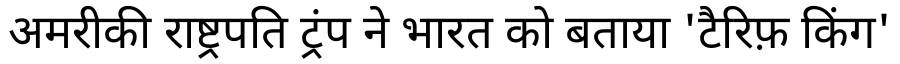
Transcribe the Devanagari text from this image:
अमरीकी राष्ट्रपति ट्रंप ने भारत को बताया 'टैरिफ़ किंग'